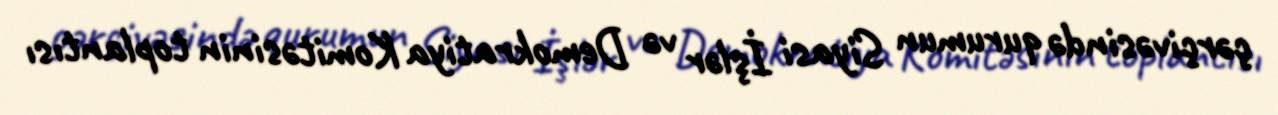
çərçivəsində qurumun Siyasi İşlər və Demokratiya Komitəsinin toplantısı